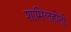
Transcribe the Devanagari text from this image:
शामिलहोती